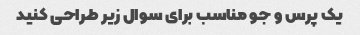
یک پرس و جو مناسب برای سوال زیر طراحی کنید